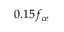
0 . 1 5 f _ { c e }